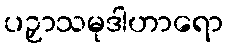
ပဉှာသမုဒါဟာရော